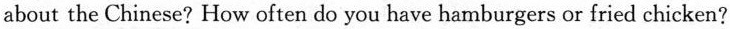
about the Chinese? How often do you have hamburgers or fried chicken?